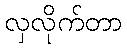
လှလိုက်တာ